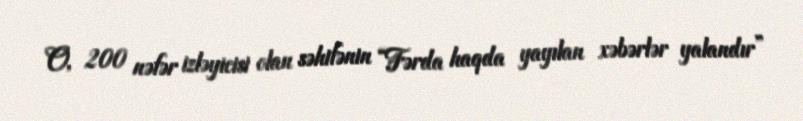
O, 200 nəfər izləyicisi olan səhifənin “Fərda haqda yayılan xəbərlər yalandır”